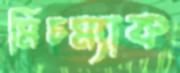
মিচম্যাক